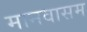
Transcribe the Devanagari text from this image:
मानवासम